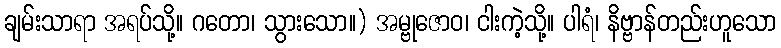
ချမ်းသာရာ အရပ်သို့။ ဂတော၊ သွားသော။) အမ္ဗုဇောဝ၊ ငါးကဲ့သို့။ ပါရံ၊ နိဗ္ဗာန်တည်းဟူသော